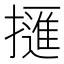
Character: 𢶘